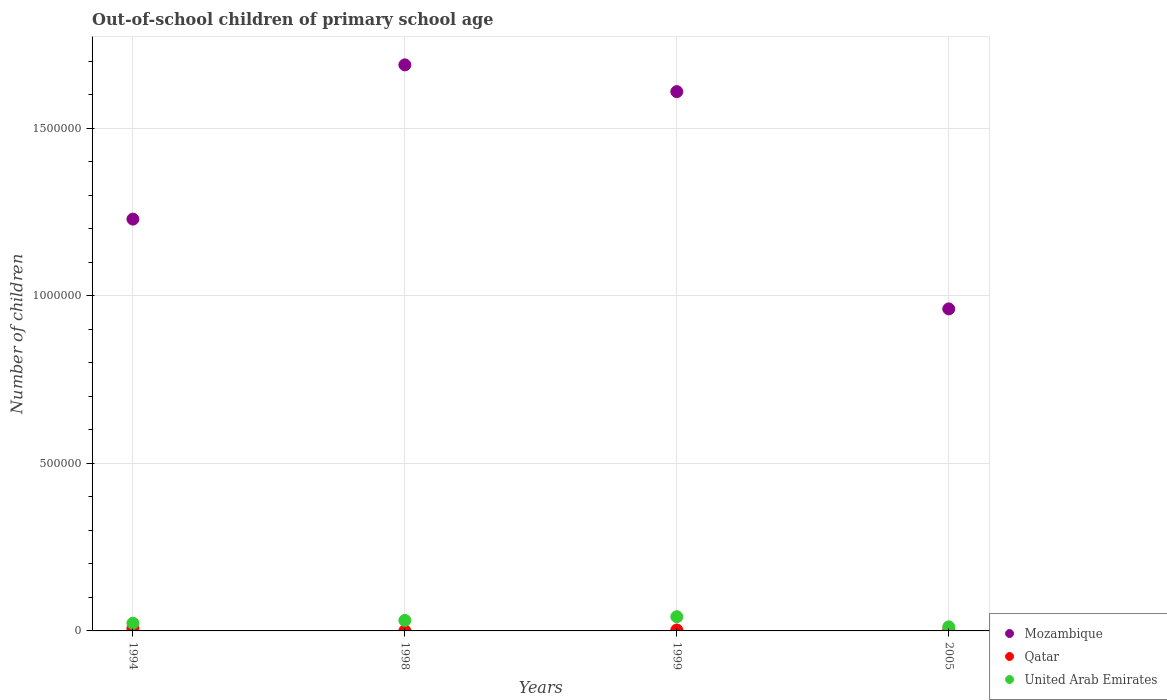
| Years | Mozambique | Qatar | United Arab Emirates |
 | --- | --- | --- | --- |
 | 1994 | 1.23e+06 | 7.73e+03 | 2.3e+04 |
 | 1998 | 1.69e+06 | 385 | 3.13e+04 |
 | 1999 | 1.61e+06 | 2.82e+03 | 4.24e+04 |
 | 2005 | 9.61e+05 | 2.78e+03 | 1.22e+04 |